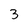
Character: 3